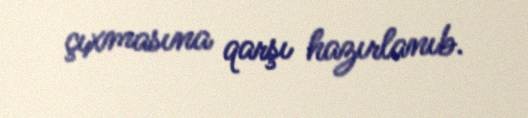
çıxmasına qarşı hazırlanıb.